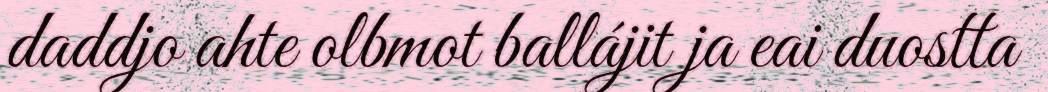
daddjo ahte olbmot ballájit ja eai duostta